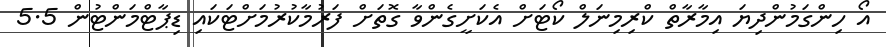
އޯ ހިންގަމުންދިޔަ އިމާރާތް ކްރިމިނަލް ކޯޓަށް އެކަށީގެންވާ ގޮތަށް ފަރުމާކުރުމަށްޓަކައި ޑިޕާޓްމަންޓުން 5.5